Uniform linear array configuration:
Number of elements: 16
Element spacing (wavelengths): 0.25
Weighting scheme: hamming
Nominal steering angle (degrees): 15
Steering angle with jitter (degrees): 13.435
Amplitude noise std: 0.05
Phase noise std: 0.05

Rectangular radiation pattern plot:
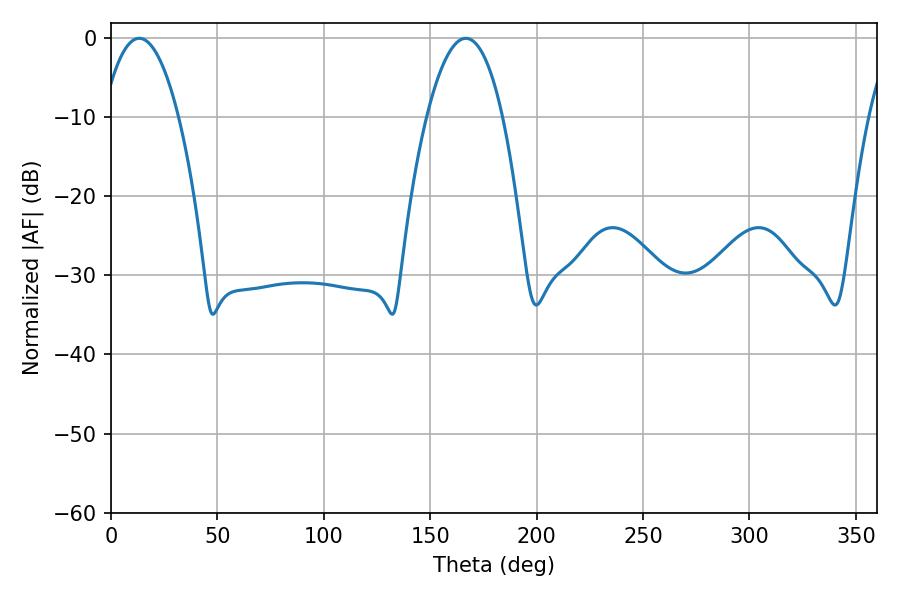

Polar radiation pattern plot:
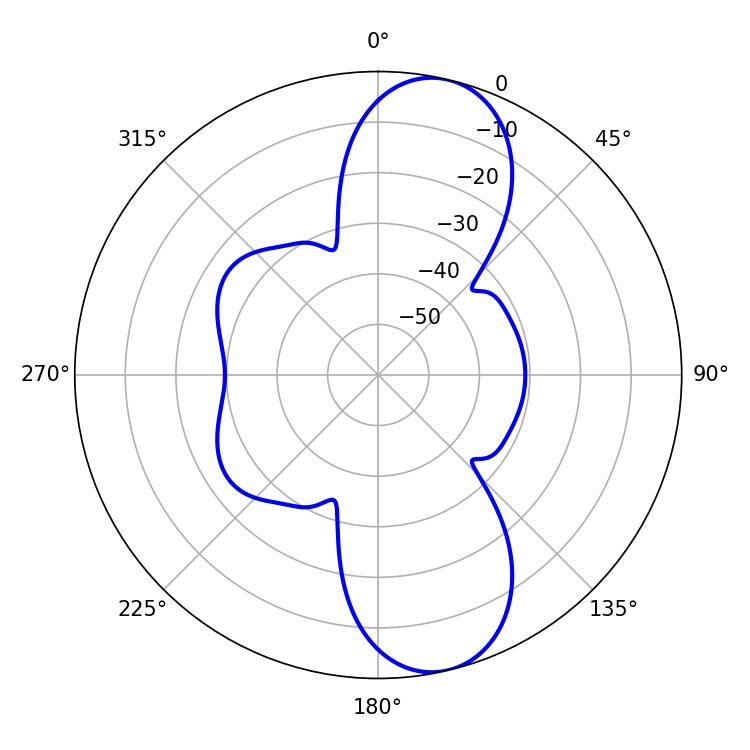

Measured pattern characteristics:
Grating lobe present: FALSE
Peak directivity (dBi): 10.748
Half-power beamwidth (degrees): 19.8
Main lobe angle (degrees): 13.32